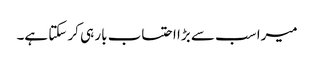
میرا سب سے بڑا احتساب بار ہی کر سکتا ہے۔